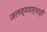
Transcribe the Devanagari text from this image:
जलव्यवस्थाही